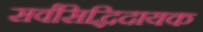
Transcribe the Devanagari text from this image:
सर्वसिद्धिदायक